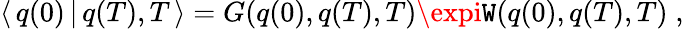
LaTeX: \langle\, q(0)\, |\, q(T),T\, \rangle=G(q(0),q(T),T)\expi\mathtt{W}(q(0),q(T),T)\; ,